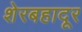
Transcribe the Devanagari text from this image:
शेरबहादूर